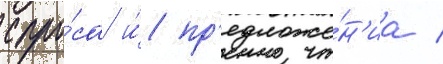
спро́са и́ пр'едложе́н'иа /